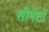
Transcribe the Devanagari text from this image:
सीमेंटों